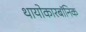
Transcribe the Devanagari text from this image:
थायोकारबॉनिक